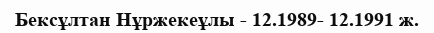
Бексұлтан Нұржекеұлы - 12.1989- 12.1991 ж.